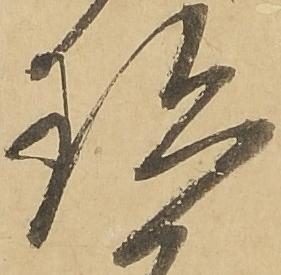
珍